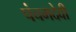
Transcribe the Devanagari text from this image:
पंचमदेवी